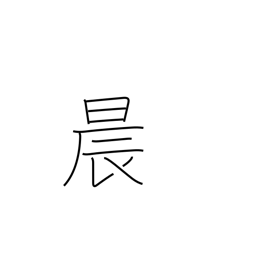
Meaning: morning